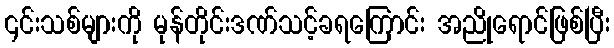
၎င်းသစ်များကို မုန်တိုင်းဒဏ်သင့်ခရကြောင်း အညိုရောင်ဖြစ်ပြီး